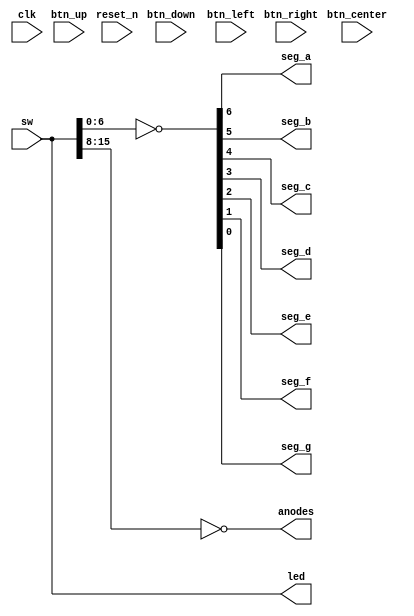
module top_1
(
    input         clk,
    input         reset_n,

    input         btn_up,
    input         btn_down,
    input         btn_left,
    input         btn_right,
    input         btn_center,

    input  [15:0] sw, 

    output [15:0] led,

    output        seg_a,
    output        seg_b,
    output        seg_c,
    output        seg_d,
    output        seg_e,
    output        seg_f,
    output        seg_g,

    output [ 7:0] anodes
);

    assign led = sw;

    assign { seg_a, seg_b, seg_c, seg_d, seg_e, seg_f, seg_g } = ~ sw [6:0];

    assign anodes = ~ sw [15:8];

endmodule